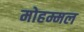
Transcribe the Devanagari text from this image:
मोहम्मल